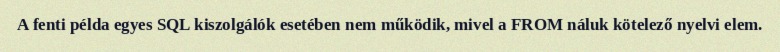
A fenti példa egyes SQL kiszolgálók esetében nem működik, mivel a FROM náluk kötelező nyelvi elem.